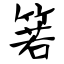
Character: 箬